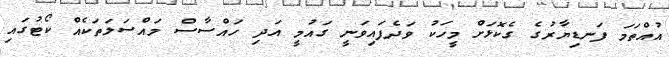
އުއްތަމަ ފަނޑިޔާރުގެ ގެކޮޅަށް މީހަކު ވަދެފައިވަނީ ގައުމީ އަދި ހައްސާސް މައްސަލަތަކެއް ކޯޓުގައި